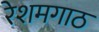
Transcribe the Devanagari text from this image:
रेशमगाठ